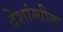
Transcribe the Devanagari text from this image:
देशांम्धील